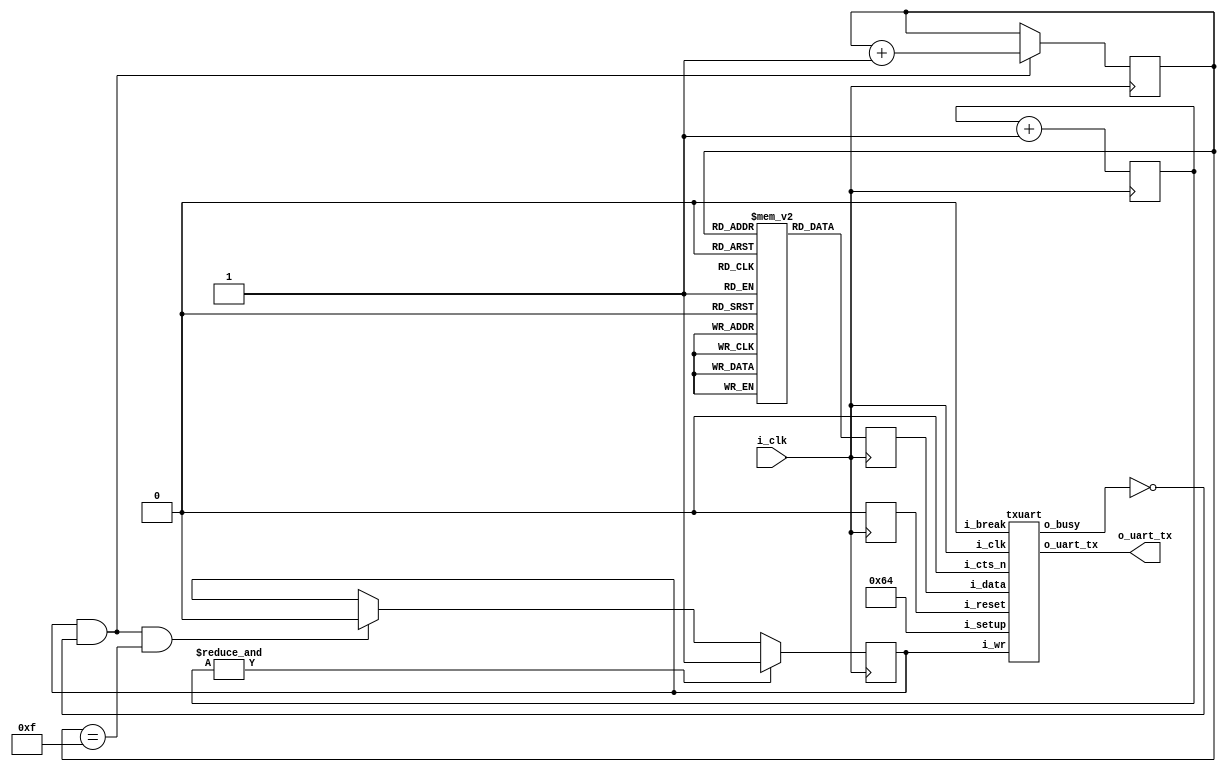
////////////////////////////////////////////////////////////////////////////////
//
//
// Project:	wbuart32, a full featured UART with simulator
//
// Purpose:	To create a *very* simple UART test program, which can be used
//		as the top level design file of any FPGA program.
//
//	With some modifications (discussed below), this RTL should be able to
//	run as a top-level testing file, requiring only the UART and clock pin
//	to work.
//
// Creator:	Dan Gisselquist, Ph.D.
//		Gisselquist Technology, LLC
//
////////////////////////////////////////////////////////////////////////////////
//
// Copyright (C) 2015-2016, Gisselquist Technology, LLC
//
// This program is free software (firmware): you can redistribute it and/or
// modify it under the terms of  the GNU General Public License as published
// by the Free Software Foundation, either version 3 of the License, or (at
// your option) any later version.
//
// This program is distributed in the hope that it will be useful, but WITHOUT
// ANY WARRANTY; without even the implied warranty of MERCHANTIBILITY or
// FITNESS FOR A PARTICULAR PURPOSE.  See the GNU General Public License
// for more details.
//
// You should have received a copy of the GNU General Public License along
// with this program.  (It's in the $(ROOT)/doc directory, run make with no
// target there if the PDF file isn't present.)  If not, see
// <http://www.gnu.org/licenses/> for a copy.
//
// License:	GPL, v3, as defined and found on www.gnu.org,
//		http://www.gnu.org/licenses/gpl.html
//
//
////////////////////////////////////////////////////////////////////////////////
//
//
// One issue with the design is how to set the values of the setup register.
// (*This is a comment, not a verilator attribute ... )  Verilator needs to
// know/set those values in order to work.  However, this design can also be
// used as a stand-alone top level configuration file.  In this latter case,
// the setup register needs to be set internal to the file.  Here, we use
// OPT_STANDALONE to distinguish between the two.  If set, the file runs under
// (* Another comment still ...) Verilator and we need to get i_setup from the
// external environment.  If not, it must be set internally.
//
`ifndef	VERILATOR
`define OPT_STANDALONE
`endif
//
//
// Two versions of the UART can be found in the rtl directory: a full featured
// UART, and a LITE UART that only handles 8N1 -- no break sending, break
// detection, parity error detection, etc.  If we set USE_LITE_UART here, those
// simplified UART modules will be used.
//
// `define	USE_LITE_UART
//
//
module	helloworld(i_clk,
`ifndef	OPT_STANDALONE
			i_setup,
`endif
			o_uart_tx);
	input		i_clk;
	output	wire	o_uart_tx;

	// Here we set i_setup to something appropriate to create a 115200 Baud
	// UART system from a 100MHz clock.  This also sets us to an 8-bit data
	// word, 1-stop bit, and no parity.  This will be overwritten by
	// i_setup, but at least it gives us something to start with/from.
	//parameter	INITIAL_UART_SETUP = 31'd50;
	parameter	INITIAL_UART_SETUP = 31'd100;

	// The i_setup wires are input when run under Verilator, but need to
	// be set internally if this is going to run as a standalone top level
	// test configuration.
`ifdef	OPT_STANDALONE
	wire	[30:0]	i_setup;
	assign	i_setup = INITIAL_UART_SETUP;
`else
	input	[30:0]	i_setup;
`endif

	reg	pwr_reset;
	initial	pwr_reset = 1'b1;
	always @(posedge i_clk)
		pwr_reset <= 1'b0;

	reg	[7:0]	message	[0:15];
	
	initial begin
		message[ 0] = "H";
		message[ 1] = "e";
		message[ 2] = "l";
		message[ 3] = "l";
		message[ 4] = "o";
		message[ 5] = ",";
		message[ 6] = " ";
		message[ 7] = "W";
		message[ 8] = "o";
		message[ 9] = "r";
		message[10] = "l";
		message[11] = "d";
		message[12] = "!";
		message[13] = " ";
		message[14] = "\r";
		message[15] = "\n";
	end

	reg	[27:0]	counter;
	initial	counter = 28'hffffff0;
	always @(posedge i_clk)
		counter <= counter + 1'b1;

	wire		tx_break, tx_busy;
	reg		tx_stb;
	reg	[3:0]	tx_index;
	reg	[7:0]	tx_data;

	assign	tx_break = 1'b0;

	initial	tx_index = 4'h0;
	always @(posedge i_clk)
		if ((tx_stb)&&(!tx_busy))
			tx_index <= tx_index + 1'b1;
	always @(posedge i_clk)
		tx_data <= message[tx_index];

	initial	tx_stb = 1'b0;
	always @(posedge i_clk)
		if (&counter)
			tx_stb <= 1'b1;
		else if ((tx_stb)&&(!tx_busy)&&(tx_index==4'hf))
			tx_stb <= 1'b0;

	// Bypass any hardware flow control
	wire	cts_n;
	assign	cts_n = 1'b0;

`ifdef	USE_LITE_UART
	txuartlite
		#(24'd100)
		transmitter(i_clk, tx_stb, tx_data, o_uart_tx, tx_busy);
`else
	txuart	transmitter(i_clk, pwr_reset, i_setup, tx_break,
			tx_stb, tx_data, cts_n, o_uart_tx, tx_busy);
`endif

endmodule
////////////////////////////////////////////////////////////////////////////////
//
//
// Project:	wbuart32, a full featured UART with simulator
//
// Purpose:	Transmit outputs over a single UART line.
//
//	To interface with this module, connect it to your system clock,
//	pass it the 32 bit setup register (defined below) and the byte
//	of data you wish to transmit.  Strobe the i_wr line high for one
//	clock cycle, and your data will be off.  Wait until the 'o_busy'
//	line is low before strobing the i_wr line again--this implementation
//	has NO BUFFER, so strobing i_wr while the core is busy will just
//	cause your data to be lost.  The output will be placed on the o_txuart
//	output line.  If you wish to set/send a break condition, assert the
//	i_break line otherwise leave it low.
//
//	There is a synchronous reset line, logic high.
//
//	Now for the setup register.  The register is 32 bits, so that this
//	UART may be set up over a 32-bit bus.
//
//	i_setup[30]	Set this to zero to use hardware flow control, and to
//		one to ignore hardware flow control.  Only works if the hardware
//		flow control has been properly wired.
//
//		If you don't want hardware flow control, fix the i_rts bit to
//		1'b1, and let the synthesys tools optimize out the logic.
//
//	i_setup[29:28]	Indicates the number of data bits per word.  This will
//		either be 2'b00 for an 8-bit word, 2'b01 for a 7-bit word, 2'b10
//		for a six bit word, or 2'b11 for a five bit word.
//
//	i_setup[27]	Indicates whether or not to use one or two stop bits.
//		Set this to one to expect two stop bits, zero for one.
//
//	i_setup[26]	Indicates whether or not a parity bit exists.  Set this
//		to 1'b1 to include parity.
//
//	i_setup[25]	Indicates whether or not the parity bit is fixed.  Set
//		to 1'b1 to include a fixed bit of parity, 1'b0 to allow the
//		parity to be set based upon data.  (Both assume the parity
//		enable value is set.)
//
//	i_setup[24]	This bit is ignored if parity is not used.  Otherwise,
//		in the case of a fixed parity bit, this bit indicates whether
//		mark (1'b1) or space (1'b0) parity is used.  Likewise if the
//		parity is not fixed, a 1'b1 selects even parity, and 1'b0
//		selects odd.
//
//	i_setup[23:0]	Indicates the speed of the UART in terms of clocks.
//		So, for example, if you have a 200 MHz clock and wish to
//		run your UART at 9600 baud, you would take 200 MHz and divide
//		by 9600 to set this value to 24'd20834.  Likewise if you wished
//		to run this serial port at 115200 baud from a 200 MHz clock,
//		you would set the value to 24'd1736
//
//	Thus, to set the UART for the common setting of an 8-bit word, 
//	one stop bit, no parity, and 115200 baud over a 200 MHz clock, you
//	would want to set the setup value to:
//
//	32'h0006c8		// For 115,200 baud, 8 bit, no parity
//	32'h005161		// For 9600 baud, 8 bit, no parity
//	
//
// Creator:	Dan Gisselquist, Ph.D.
//		Gisselquist Technology, LLC
//
////////////////////////////////////////////////////////////////////////////////
//
// Copyright (C) 2015-2017, Gisselquist Technology, LLC
//
// This program is free software (firmware): you can redistribute it and/or
// modify it under the terms of  the GNU General Public License as published
// by the Free Software Foundation, either version 3 of the License, or (at
// your option) any later version.
//
// This program is distributed in the hope that it will be useful, but WITHOUT
// ANY WARRANTY; without even the implied warranty of MERCHANTIBILITY or
// FITNESS FOR A PARTICULAR PURPOSE.  See the GNU General Public License
// for more details.
//
// You should have received a copy of the GNU General Public License along
// with this program.  (It's in the $(ROOT)/doc directory.  Run make with no
// target there if the PDF file isn't present.)  If not, see
// <http://www.gnu.org/licenses/> for a copy.
//
// License:	GPL, v3, as defined and found on www.gnu.org,
//		http://www.gnu.org/licenses/gpl.html
//
//
////////////////////////////////////////////////////////////////////////////////
//
//
`default_nettype	none
//
`define	TXU_BIT_ZERO	4'h0
`define	TXU_BIT_ONE	4'h1
`define	TXU_BIT_TWO	4'h2
`define	TXU_BIT_THREE	4'h3
`define	TXU_BIT_FOUR	4'h4
`define	TXU_BIT_FIVE	4'h5
`define	TXU_BIT_SIX	4'h6
`define	TXU_BIT_SEVEN	4'h7
`define	TXU_PARITY	4'h8	// Constant 1
`define	TXU_STOP	4'h9	// Constant 1
`define	TXU_SECOND_STOP	4'ha
// 4'hb	// Unused
// 4'hc	// Unused
// `define	TXU_START	4'hd	// An unused state
`define	TXU_BREAK	4'he
`define	TXU_IDLE	4'hf
//
//
module txuart(i_clk, i_reset, i_setup, i_break, i_wr, i_data,
		i_cts_n, o_uart_tx, o_busy);
	parameter	[30:0]	INITIAL_SETUP = 31'd100;
	input	wire		i_clk, i_reset;
	input	wire	[30:0]	i_setup;
	input	wire		i_break;
	input	wire		i_wr;
	input	wire	[7:0]	i_data;
	// Hardware flow control Ready-To-Send bit.  Set this to one to use
	// the core without flow control.  (A more appropriate name would be
	// the Ready-To-Receive bit ...)
	input	wire		i_cts_n;
	// And the UART input line itself
	output	reg		o_uart_tx;
	// A line to tell others when we are ready to accept data.  If
	// (i_wr)&&(!o_busy) is ever true, then the core has accepted a byte
	// for transmission.
	output	wire		o_busy;

	wire	[27:0]	clocks_per_baud, break_condition;
	wire	[1:0]	data_bits;
	wire		use_parity, parity_even, dblstop, fixd_parity,
			fixdp_value, hw_flow_control;
	reg	[30:0]	r_setup;
	assign	clocks_per_baud = { 4'h0, r_setup[23:0] };
	assign	break_condition = { r_setup[23:0], 4'h0 };
	assign	hw_flow_control = !r_setup[30];
	assign	data_bits       =  r_setup[29:28];
	assign	dblstop         =  r_setup[27];
	assign	use_parity      =  r_setup[26];
	assign	fixd_parity     =  r_setup[25];
	assign	parity_even     =  r_setup[24];
	assign	fixdp_value     =  r_setup[24];

	reg	[27:0]	baud_counter;
	reg	[3:0]	state;
	reg	[7:0]	lcl_data;
	reg		calc_parity, r_busy, zero_baud_counter;


	// First step ... handle any hardware flow control, if so enabled.
	//
	// Clock in the flow control data, two clocks to avoid metastability
	// Default to using hardware flow control (uart_setup[30]==0 to use it).
	// Set this high order bit off if you do not wish to use it.
	reg	q_cts_n, qq_cts_n, ck_cts;
	// While we might wish to give initial values to q_rts and ck_cts,
	// 1) it's not required since the transmitter starts in a long wait
	// state, and 2) doing so will prevent the synthesizer from optimizing
	// this pin in the case it is hard set to 1'b1 external to this
	// peripheral.
	//
	// initial	q_cts_n  = 1'b1;
	// initial	qq_cts_n = 1'b1;
	// initial	ck_cts   = 1'b0;
	always	@(posedge i_clk)
		q_cts_n <= i_cts_n;
	always	@(posedge i_clk)
		qq_cts_n <= q_cts_n;
	always	@(posedge i_clk)
		ck_cts <= (!qq_cts_n)||(!hw_flow_control);

	initial	o_uart_tx = 1'b1;
	initial	r_busy = 1'b1;
	initial	state  = `TXU_IDLE;
	initial	lcl_data= 8'h0;
	initial	calc_parity = 1'b0;
	// initial	baud_counter = clocks_per_baud;//ILLEGAL--not constant
	always @(posedge i_clk)
	begin
		if (i_reset)
		begin
			r_busy <= 1'b1;
			state <= `TXU_IDLE;
		end else if (i_break)
		begin
			state <= `TXU_BREAK;
			r_busy <= 1'b1;
		end else if (!zero_baud_counter)
		begin // r_busy needs to be set coming into here
			r_busy <= 1'b1;
		end else if (state == `TXU_BREAK)
		begin
			state <= `TXU_IDLE;
			r_busy <= 1'b1;
		end else if (state == `TXU_IDLE)	// STATE_IDLE
		begin
			if ((i_wr)&&(!r_busy))
			begin	// Immediately start us off with a start bit
				r_busy <= 1'b1;
				case(data_bits)
				2'b00: state <= `TXU_BIT_ZERO;
				2'b01: state <= `TXU_BIT_ONE;
				2'b10: state <= `TXU_BIT_TWO;
				2'b11: state <= `TXU_BIT_THREE;
				endcase
			end else begin // Stay in idle
				r_busy <= !ck_cts;
			end
		end else begin
			// One clock tick in each of these states ...
			// baud_counter <= clocks_per_baud - 28'h01;
			r_busy <= 1'b1;
			if (state[3] == 0) // First 8 bits
			begin
				if (state == `TXU_BIT_SEVEN)
					state <= (use_parity)?`TXU_PARITY:`TXU_STOP;
				else
					state <= state + 1;
			end else if (state == `TXU_PARITY)
			begin
				state <= `TXU_STOP;
			end else if (state == `TXU_STOP)
			begin // two stop bit(s)
				if (dblstop)
					state <= `TXU_SECOND_STOP;
				else
					state <= `TXU_IDLE;
			end else // `TXU_SECOND_STOP and default:
			begin
				state <= `TXU_IDLE; // Go back to idle
				// Still r_busy, since we need to wait
				// for the baud clock to finish counting
				// out this last bit.
			end
		end 
	end

	// o_busy
	//
	// This is a wire, designed to be true is we are ever busy above.
	// originally, this was going to be true if we were ever not in the
	// idle state.  The logic has since become more complex, hence we have
	// a register dedicated to this and just copy out that registers value.
	assign	o_busy = (r_busy);


	// r_setup
	//
	// Our setup register.  Accept changes between any pair of transmitted
	// words.  The register itself has many fields to it.  These are
	// broken out up top, and indicate what 1) our baud rate is, 2) our
	// number of stop bits, 3) what type of parity we are using, and 4)
	// the size of our data word.
	initial	r_setup = INITIAL_SETUP;
	always @(posedge i_clk)
		if (state == `TXU_IDLE)
			r_setup <= i_setup;

	// lcl_data
	//
	// This is our working copy of the i_data register which we use
	// when transmitting.  It is only of interest during transmit, and is
	// allowed to be whatever at any other time.  Hence, if r_busy isn't
	// true, we can always set it.  On the one clock where r_busy isn't
	// true and i_wr is, we set it and r_busy is true thereafter.
	// Then, on any zero_baud_counter (i.e. change between baud intervals)
	// we simple logically shift the register right to grab the next bit.
	always @(posedge i_clk)
		if (!r_busy)
			lcl_data <= i_data;
		else if (zero_baud_counter)
			lcl_data <= { 1'b0, lcl_data[7:1] };

	// o_uart_tx
	//
	// This is the final result/output desired of this core.  It's all
	// centered about o_uart_tx.  This is what finally needs to follow
	// the UART protocol.
	//
	// Ok, that said, our rules are:
	//	1'b0 on any break condition
	//	1'b0 on a start bit (IDLE, write, and not busy)
	//	lcl_data[0] during any data transfer, but only at the baud
	//		change
	//	PARITY -- During the parity bit.  This depends upon whether or
	//		not the parity bit is fixed, then what it's fixed to,
	//		or changing, and hence what it's calculated value is.
	//	1'b1 at all other times (stop bits, idle, etc)
	always @(posedge i_clk)
		if (i_reset)
			o_uart_tx <= 1'b1;
		else if ((i_break)||((i_wr)&&(!r_busy)))
			o_uart_tx <= 1'b0;
		else if (zero_baud_counter)
			casez(state)
			4'b0???:	o_uart_tx <= lcl_data[0];
			`TXU_PARITY:	o_uart_tx <= calc_parity;
			default:	o_uart_tx <= 1'b1;
			endcase


	// calc_parity
	//
	// Calculate the parity to be placed into the parity bit.  If the
	// parity is fixed, then the parity bit is given by the fixed parity
	// value (r_setup[24]).  Otherwise the parity is given by the GF2
	// sum of all the data bits (plus one for even parity).
	always @(posedge i_clk)
		if (fixd_parity)
			calc_parity <= fixdp_value;
		else if (zero_baud_counter)
		begin
			if (state[3] == 0) // First 8 bits of msg
				calc_parity <= calc_parity ^ lcl_data[0];
			else
				calc_parity <= parity_even;
		end else if (!r_busy)
			calc_parity <= parity_even;


	// All of the above logic is driven by the baud counter.  Bits must last
	// clocks_per_baud in length, and this baud counter is what we use to
	// make certain of that.
	//
	// The basic logic is this: at the beginning of a bit interval, start
	// the baud counter and set it to count clocks_per_baud.  When it gets
	// to zero, restart it.
	//
	// However, comparing a 28'bit number to zero can be rather complex--
	// especially if we wish to do anything else on that same clock.  For
	// that reason, we create "zero_baud_counter".  zero_baud_counter is
	// nothing more than a flag that is true anytime baud_counter is zero.
	// It's true when the logic (above) needs to step to the next bit.
	// Simple enough?
	//
	// I wish we could stop there, but there are some other (ugly)
	// conditions to deal with that offer exceptions to this basic logic.
	//
	// 1. When the user has commanded a BREAK across the line, we need to
	// wait several baud intervals following the break before we start
	// transmitting, to give any receiver a chance to recognize that we are
	// out of the break condition, and to know that the next bit will be
	// a stop bit.
	//
	// 2. A reset is similar to a break condition--on both we wait several
	// baud intervals before allowing a start bit.
	//
	// 3. In the idle state, we stop our counter--so that upon a request
	// to transmit when idle we can start transmitting immediately, rather
	// than waiting for the end of the next (fictitious and arbitrary) baud
	// interval.
	//
	// When (i_wr)&&(!r_busy)&&(state == `TXU_IDLE) then we're not only in
	// the idle state, but we also just accepted a command to start writing
	// the next word.  At this point, the baud counter needs to be reset
	// to the number of clocks per baud, and zero_baud_counter set to zero.
	//
	// The logic is a bit twisted here, in that it will only check for the
	// above condition when zero_baud_counter is false--so as to make
	// certain the STOP bit is complete.
	initial	zero_baud_counter = 1'b0;
	initial	baud_counter = 28'h05;
	always @(posedge i_clk)
	begin
		zero_baud_counter <= (baud_counter == 28'h01);
		if ((i_reset)||(i_break))
		begin
			// Give ourselves 16 bauds before being ready
			baud_counter <= break_condition;
			zero_baud_counter <= 1'b0;
		end else if (!zero_baud_counter)
			baud_counter <= baud_counter - 28'h01;
		else if (state == `TXU_BREAK)
			// Give us four idle baud intervals before becoming
			// available
			baud_counter <= clocks_per_baud<<2;
		else if (state == `TXU_IDLE)
		begin
			baud_counter <= 28'h0;
			zero_baud_counter <= 1'b1;
			if ((i_wr)&&(!r_busy))
			begin
				baud_counter <= clocks_per_baud - 28'h01;
				zero_baud_counter <= 1'b0;
			end
		end else
			baud_counter <= clocks_per_baud - 28'h01;
	end
endmodule